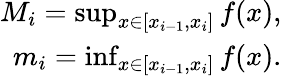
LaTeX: \begin{array}{r}{M_{i}=\operatorname*{sup}_{x\in[x_{i-1},x_{i}]}f(x),}\\ {m_{i}=\operatorname*{inf}_{x\in[x_{i-1},x_{i}]}f(x).}\end{array}